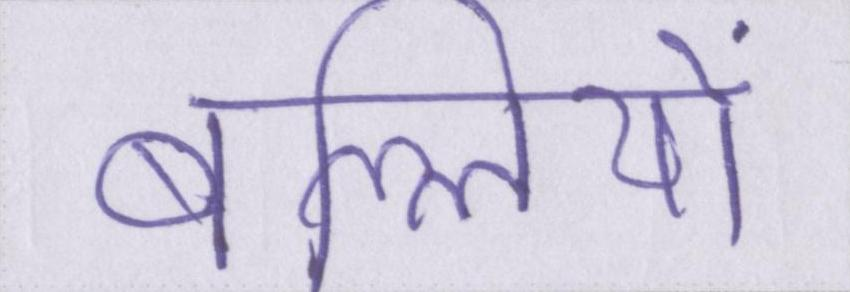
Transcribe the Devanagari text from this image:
बल्लियों